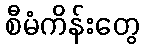
စီမံကိန်းတွေ